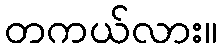
တကယ်လား။